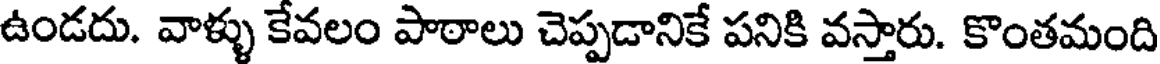
ఉండదు. వాళ్ళు కేవలం పాఠాలు చెప్పడానికే పనికి వస్తారు. కొంతమంది